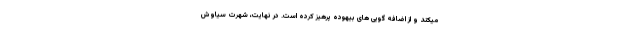
میکند و از اضافه گویی های بیهوده پرهیز کرده است. در نهایت، شهرت سیاوش